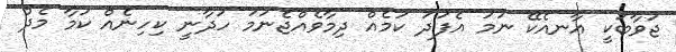
ޖަވާބަކީ އާނއެކޭ ނަމަ އެފަދަ ކަމެއް ދިމާވެއްޖެނަމަ ހަދާނީ ކިހިނެއް ކަމާ މެދު